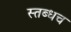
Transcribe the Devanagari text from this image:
स्तब्धच